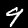
Digit: 9